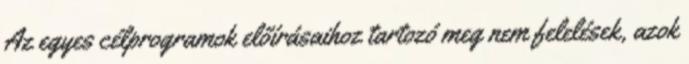
Az egyes célprogramok előírásaihoz tartozó meg nem felelések, azok